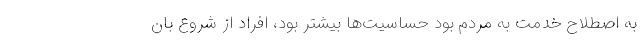
به اصطلاح خدمت به مردم بود حساسیت‌ها بیشتر بود، افراد از شروع بان